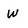
Character: w